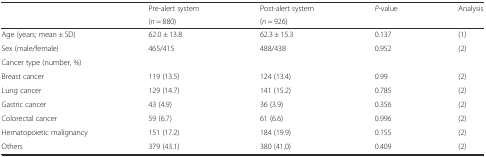
<table><thead><tr><td rowspan="2"></td><td><b>Pre-alert system</b></td><td><b>Post-alert system</b></td><td rowspan="2"><b><i>P</i>-value</b></td><td rowspan="2"><b>Analysis</b></td></tr><tr><td><b>(<i>n</i> = 880)</b></td><td><b>(<i>n</i> = 926)</b></td></tr></thead><tbody><tr><td>Age (years; mean ± SD)</td><td>62.0 ± 13.8</td><td>62.3 ± 15.3</td><td>0.137</td><td>(1)</td></tr><tr><td>Sex (male/female)</td><td>465/415</td><td>488/438</td><td>0.952</td><td>(2)</td></tr><tr><td>Cancer type (number, %)</td><td></td><td></td><td></td><td></td></tr><tr><td>Breast cancer</td><td>119 (13.5)</td><td>124 (13.4)</td><td>0.99</td><td>(2)</td></tr><tr><td>Lung cancer</td><td>129 (14.7)</td><td>141 (15.2)</td><td>0.785</td><td>(2)</td></tr><tr><td>Gastric cancer</td><td>43 (4.9)</td><td>36 (3.9)</td><td>0.356</td><td>(2)</td></tr><tr><td>Colorectal cancer</td><td>59 (6.7)</td><td>61 (6.6)</td><td>0.996</td><td>(2)</td></tr><tr><td>Hematopoietic malignancy</td><td>151 (17.2)</td><td>184 (19.9)</td><td>0.155</td><td>(2)</td></tr><tr><td>Others</td><td>379 (43.1)</td><td>380 (41.0)</td><td>0.409</td><td>(2)</td></tr></tbody></table>